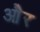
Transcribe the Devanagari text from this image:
ओेैर